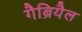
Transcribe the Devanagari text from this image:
गैब्रियैल